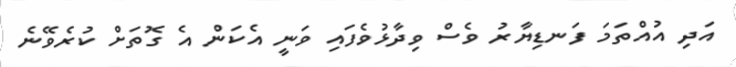
އަދި އުއްތަމަ ފަނޑިޔާރު ވެސް ވިދާޅުވެފައި ވަނީ އެކަން އެ ގޮތަށް ކުރެވޭނެ